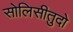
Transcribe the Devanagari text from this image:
सोलिसीतुदो